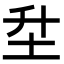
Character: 𡉼